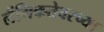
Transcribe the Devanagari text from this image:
लैंगिकतेवरच्या